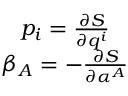
\begin{array} { c } { p _ { i } = \frac { \partial S } { \partial q ^ { i } } } \\ { \beta _ { A } = - \frac { \partial S } { \partial \alpha ^ { A } } } \end{array}